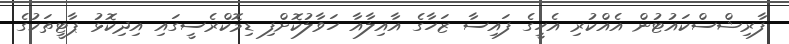
ފާރިޝްސްކައުޓުން އެއްކުރި އެހީގެ ފައިސާ ޒަހާގެ އާއިލާއާ ހަވާލުކޮށްފި ޑިމޮކްރެސީގައި އިދިކޮޅު ޕާޓީތަކުގެ